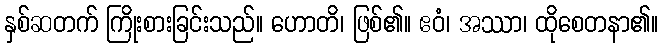
နှစ်ဆတက် ကြိုးစားခြင်းသည်။ ဟောတိ၊ ဖြစ်၏။ ဧဝံ၊ အဿာ၊ ထိုစေတနာ၏။